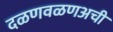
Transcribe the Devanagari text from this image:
दळणवळणअची